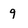
Character: 9